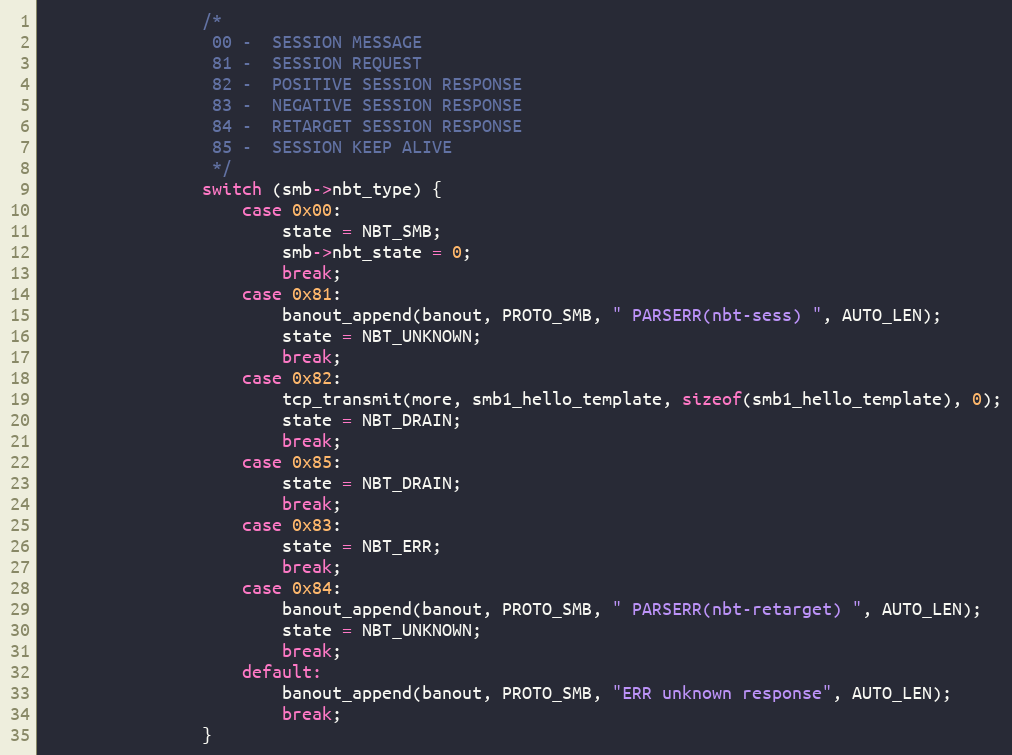
Language: C
                /*
                 00 -  SESSION MESSAGE
                 81 -  SESSION REQUEST
                 82 -  POSITIVE SESSION RESPONSE
                 83 -  NEGATIVE SESSION RESPONSE
                 84 -  RETARGET SESSION RESPONSE
                 85 -  SESSION KEEP ALIVE
                 */
                switch (smb->nbt_type) {
                    case 0x00:
                        state = NBT_SMB;
                        smb->nbt_state = 0;
                        break;
                    case 0x81:
                        banout_append(banout, PROTO_SMB, " PARSERR(nbt-sess) ", AUTO_LEN);
                        state = NBT_UNKNOWN;
                        break;
                    case 0x82:
                        tcp_transmit(more, smb1_hello_template, sizeof(smb1_hello_template), 0);
                        state = NBT_DRAIN;
                        break;
                    case 0x85:
                        state = NBT_DRAIN;
                        break;
                    case 0x83:
                        state = NBT_ERR;
                        break;
                    case 0x84:
                        banout_append(banout, PROTO_SMB, " PARSERR(nbt-retarget) ", AUTO_LEN);
                        state = NBT_UNKNOWN;
                        break;
                    default:
                        banout_append(banout, PROTO_SMB, "ERR unknown response", AUTO_LEN);
                        break;
                }